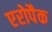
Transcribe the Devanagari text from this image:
एरोपैक